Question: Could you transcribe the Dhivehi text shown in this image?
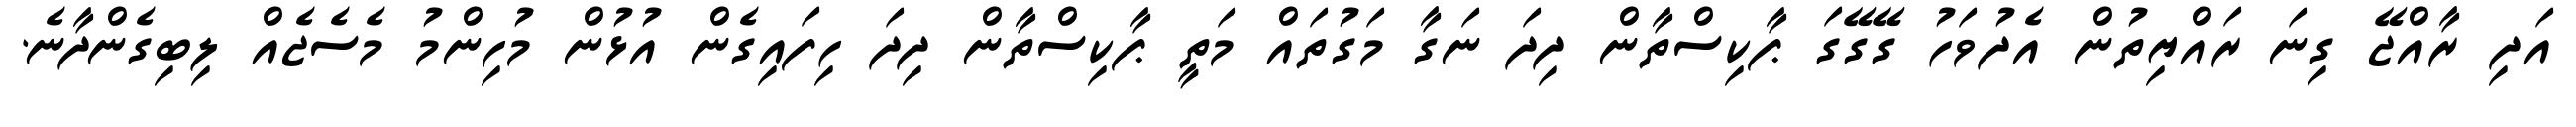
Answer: އަދި ރާއްޖޭ ގިނަ ރައްޔިތުން އެދުވަހު ގޭގޭގަ ޕާކިސްތާން ދިދަ ނަގާ މަގުތައް މަތީ ޕާކިސްތާން ދިދަ ހިފައިގެން އުޅުން މުހިންމު މެސެޖެއް ލިބިގެންދާނެ.